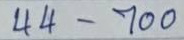
44 - 700